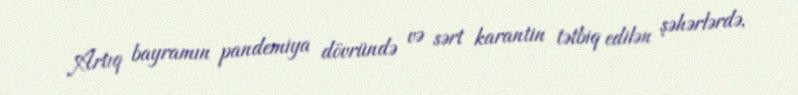
Artıq bayramın pandemiya dövründə və sərt karantin tətbiq edilən şəhərlərdə,